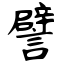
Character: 譬